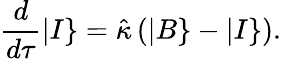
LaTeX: \frac{d}{d\tau}|I\} =\hat{\kappa}\left(|B\} -|I\} \right).